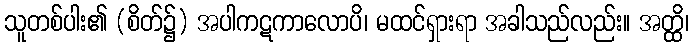
သူတစ်ပါး၏ (စိတ်၌) အပါကဋကာလောပိ၊ မထင်ရှားရာ အခါသည်လည်း။ အတ္ထိ၊